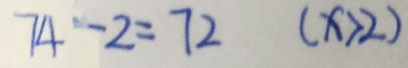
7 4 - 2 = 7 2 ( x > 2 )